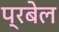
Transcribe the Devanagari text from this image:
प्रबेल